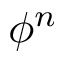
\phi ^ { n }